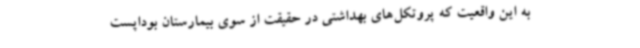
به این واقعیت که پروتکل‌های بهداشتی در حقیقت از سوی بیمارستان بوداپست